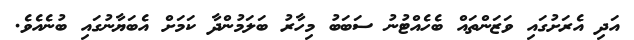
އަދި އެރަށުގައި ވަޒަންތައް ބެހެއްޓުނު ސަބަބު މިހާރު ބަލަމުންދާ ކަމަށް އެބަޔާނުގައި ބުނެއެވެ.